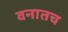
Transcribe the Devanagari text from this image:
वनातच